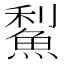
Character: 䱘